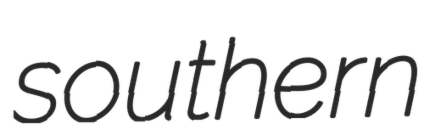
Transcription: southern